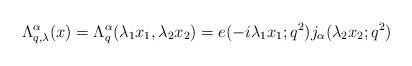
LaTeX: \begin{align*}\Lambda^{\alpha}_{q,\lambda}(x)=\Lambda^{\alpha}_{q}(\lambda_{1}x_1,\lambda_{2}x_2)=e(-i\lambda_{1}x_1;q^{2})j_{\alpha}(\lambda_{2}x_2;q^{2})\end{align*}